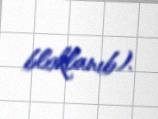
bloklanıb).